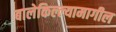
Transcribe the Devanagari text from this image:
बालेकिल्ल्यामागील